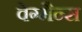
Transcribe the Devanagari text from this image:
वेग्मैन्स